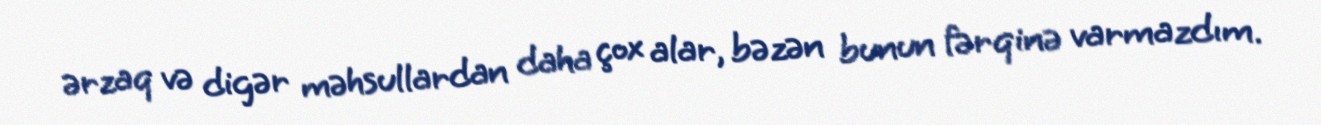
ərzaq və digər məhsullardan daha çox alar, bəzən bunun fərqinə varmazdım.